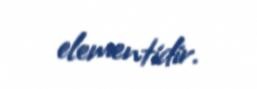
elementidir.